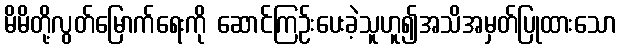
မိမိတို့လွတ်မြောက်ရေးကို ဆောင်ကြဉ်းပေးခဲ့သူဟူ၍အသိအမှတ်ပြုထားသော